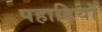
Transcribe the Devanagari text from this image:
पहाड़ियॉ